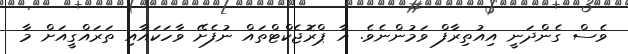
ވެސް ގެންދަނީ އިއުތިރާފް ވަމުންނެވެ. އާ ޕްރޮޖެކްޓްތައް ނުފެށޭ ވާހަކައާއި ތަރައްގީއަށް މާ